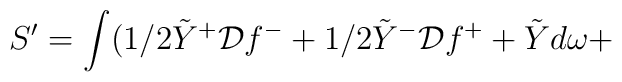
S^\prime =       \int ( 1/2 \tilde{Y}^{+} {\cal D} f^{-} +  1/2    \tilde{Y}^{-} {\cal D} f^{+}+ \tilde{Y} d\omega +